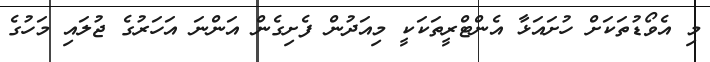
މި އެވޯޑުތަކަށް ހުށައަޅާ އެންޓްރީތަކަކީ މިއަދުން ފެށިގެން އަންނަ އަހަރުގެ ޖުލައި މަހުގެ